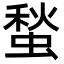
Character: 蝵